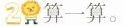
2 算一算。